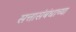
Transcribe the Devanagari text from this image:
सत्तासंबंधाच्या